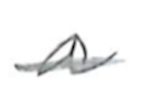
Text: a
Cross-out: single-line
Writing tool: pencil